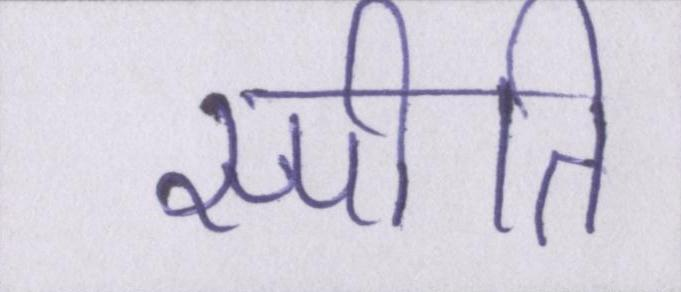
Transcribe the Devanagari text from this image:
स्पीति